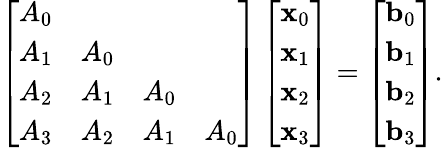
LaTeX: \left[\begin{array}{cccc}{A_{0}}&&&\\ {A_{1}}&{A_{0}}&&\\ {A_{2}}&{A_{1}}&{A_{0}}&\\ {A_{3}}&{A_{2}}&{A_{1}}&{A_{0}}\end{array}\right]\left[\begin{array}{c}{{\mathbf x}_{0}}\\ {{\mathbf x}_{1}}\\ {{\mathbf x}_{2}}\\ {{\mathbf x}_{3}}\end{array}\right]=\left[\begin{array}{c}{{\mathbf b}_{0}}\\ {{\mathbf b}_{1}}\\ {{\mathbf b}_{2}}\\ {{\mathbf b}_{3}}\end{array}\right].